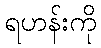
ရဟန်းကို